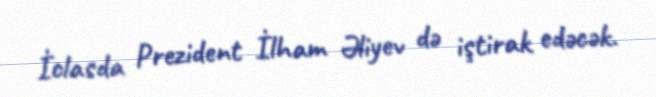
İclasda Prezident İlham Əliyev də iştirak edəcək.